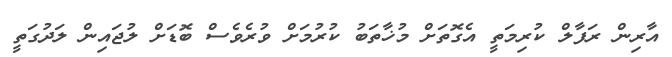
އާރިން ރަފާލް ކުރިމަތީ އެގޮތަށް މުޚާތަބު ކުރުމަށް ވުރެވެސް ބޮޑަށް ލުޖައިން ލަދުގަތީ